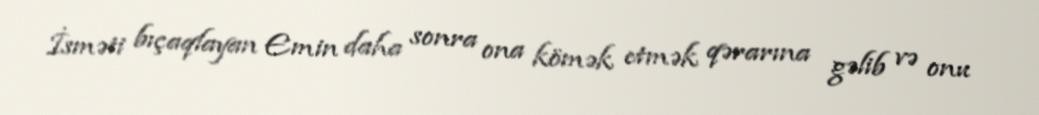
İsməti bıçaqlayan Emin daha sonra ona kömək etmək qərarına gəlib və onu